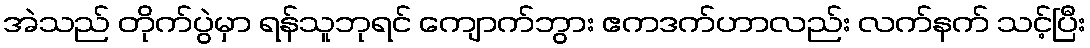
အဲသည် တိုက်ပွဲမှာ ရန်သူဘုရင် ကျောက်ဘွား ဧကဒက်ဟာလည်း လက်နက် သင့်ပြီး